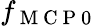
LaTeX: f_{\mathrm{~M~C~P~0~}}